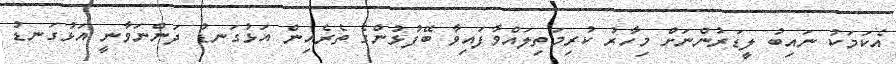
އެކަމަކު ނައިބު ލީޑަރުންނަށް މިހާރު ކުރިމަތިލައްވާފައިވާ ބޭފުޅުންގެ ތެރެއިން އަޅުގަނޑު ދަންނަވާނީ އަޅުގަނޑު